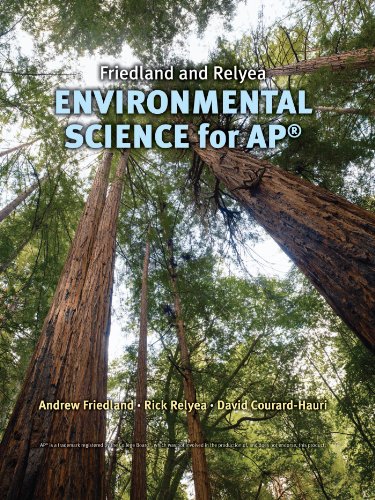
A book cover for Friedland/Relyea Environmental Science for AP*; Andrew Friedland; Science & Math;